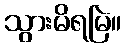
သွားမိရမြဲ။